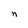
Character: n